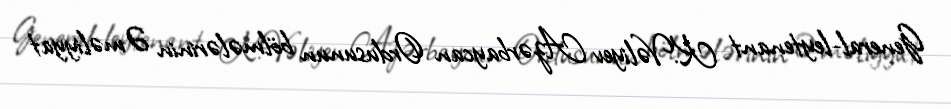
General-leytenant K.Vəliyev Azərbaycan Ordusunun bölmələrinin Əməliyyat